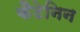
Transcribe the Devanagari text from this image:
कैटेनिन